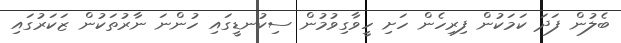
ބެލުން ފަދަ ކަމަކުން ފިރިހެން ހަށި ހީވާގިވުމުން ސިކުނޑީގައި ހުންނަ ނާރުތަކުން ޒަކަރުގައި